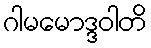
ဂါမမောဒ္ဒဝါတိ